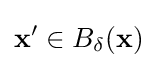
{\bf {x}}'\in B_{\delta }({\bf {x}})